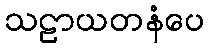
သဠာယတနံပေ